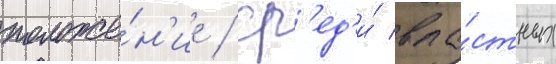
положе́н'ие / ср'ед'и́ вла́стных